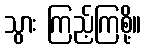
သွား ကြည့်ကြစို့။